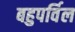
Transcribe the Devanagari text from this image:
बहुपर्विल